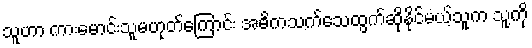
သူဟာ ကားမောင်းသူမဟုတ်ကြောင်း အဓိကသက်သေထွက်ဆိုနိုင်မယ့်သူက သူ့ကို